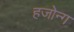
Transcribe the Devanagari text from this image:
हजोन्ग